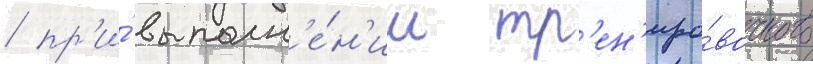
/ пр'и́ выполн'е́н'ии тр'ен'иро́вочного